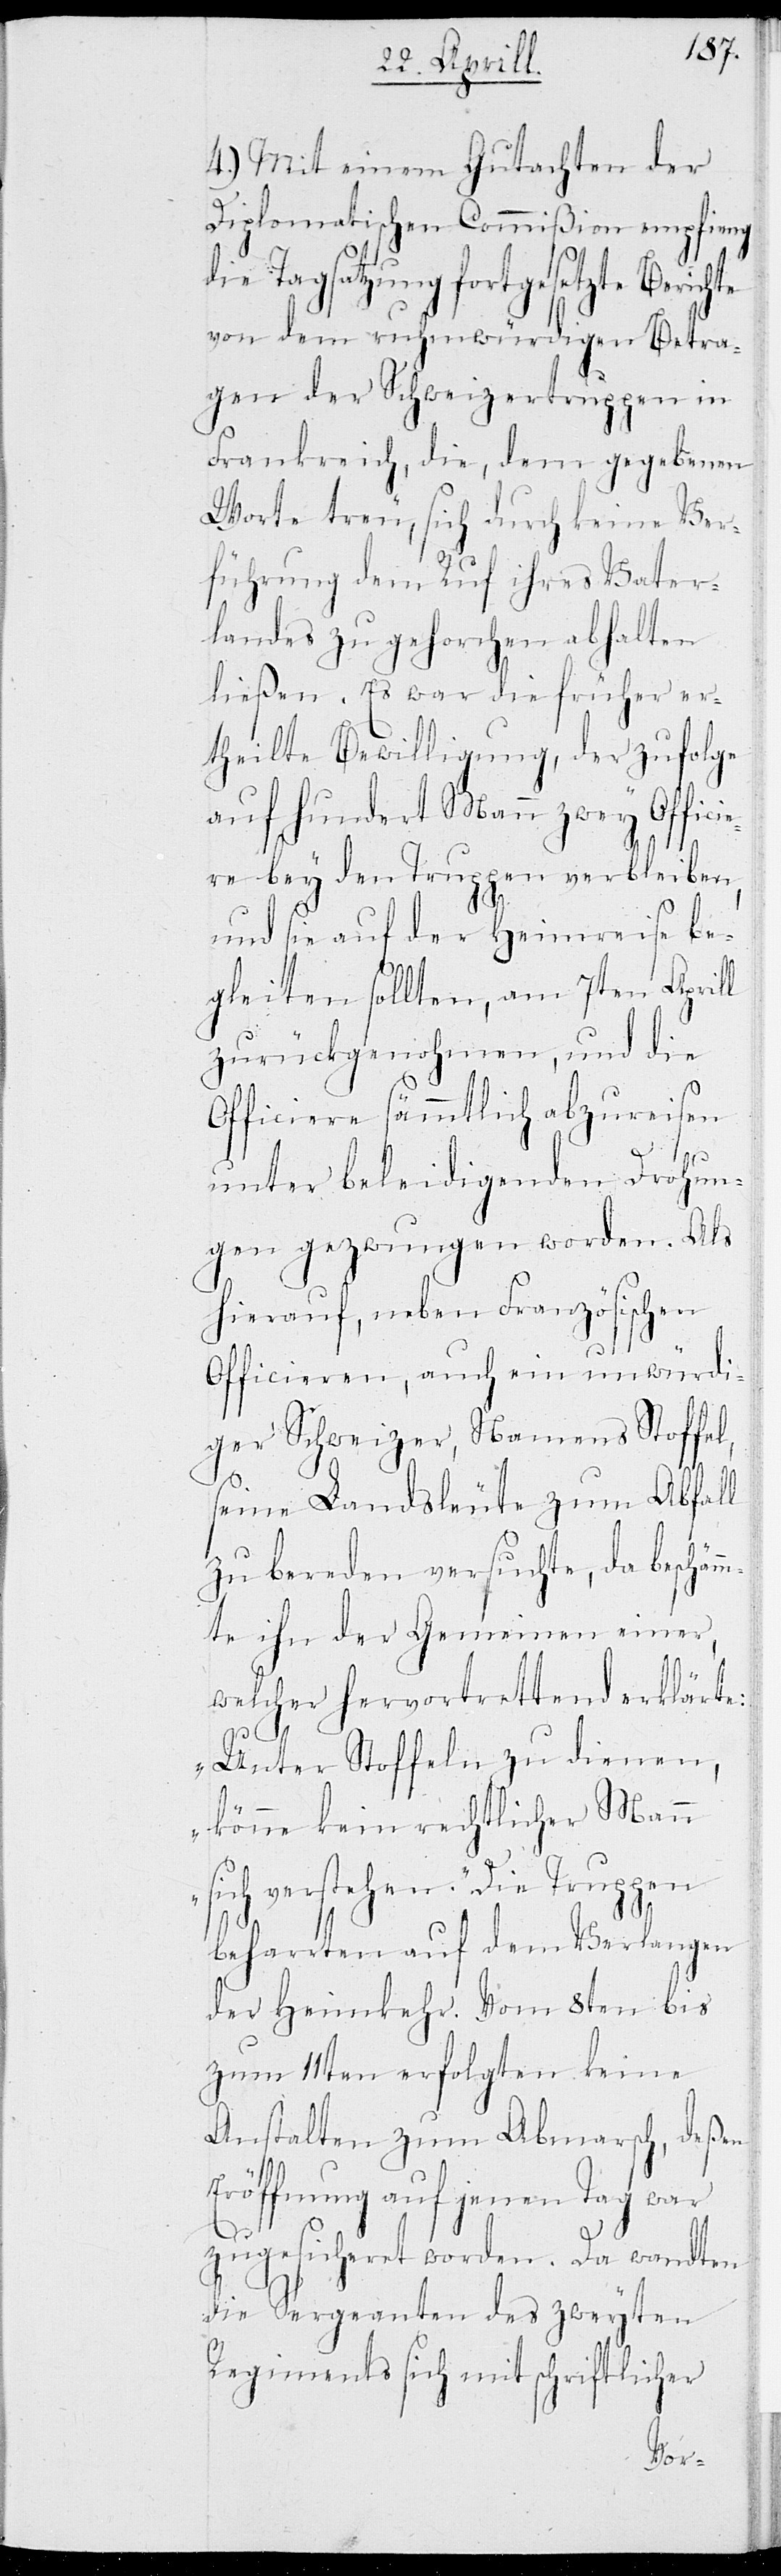
l,

4.) Mit einem Gutachten der
Diplomatischen Commißion empfieng
die Tagsatzung fortgesetzte Berichte
von dem ruhmwürdigen Betra¬
gen der Schweizertruppen in
Frankreich, die, dem gegebenen
Worte treu, sich durch keine Ver¬
führung dem Ruf ihres Vater¬
landes zu gehorchen abhalten
ließen. Es war die früher er¬
teilte Bewilligung, der zufolge
fünfhundert Mann zwey Offici¬
ere bey den Truppen verbleiben,
und sie auf der Heimreise be¬
gleiten sollen, am 7ten Aprill
zurückgenohmen, und die
Officiere sämmtlich abzuweisen
unter beleidigenden Drohun¬
gen gezwungen worden. Als
hierauf, neben Französischen
Officieren, auch ein unwürdi¬
ger Schweizer, Namens Stoffe¬
seine Landsleute zum Abfall
zu bereden versuchte, da beschäm¬
mte ihn der Gemeinen einer,
welcher hervortrettend erklärte:
„Unter Stoffeln zu dienen,
könne kein rechtlicher Mann
sich verstehen.“ Die Truppen
beharrten auf dem Verlangen
der Heimkehr. Vom 8ten bis
zum 11ten erfolgten keine
Anstalten zum Abmarsch, deßen
Eröffnung auf jenen Tag war
zugesicheret worden. Da wandten
die Sergeanten des zweyten
Regiments sich mit schriftlicher